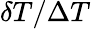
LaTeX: \delta T/\Delta T